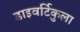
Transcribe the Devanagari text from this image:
डाइवर्टिकुला